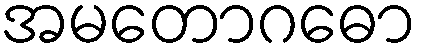
အမတောဂဓော